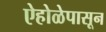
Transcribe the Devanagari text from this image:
ऐहोळेपासून